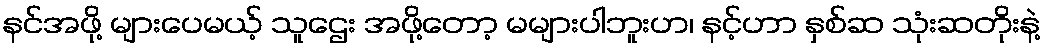
နင်အဖို့ များပေမယ့် သူဌေး အဖို့တော့ မများပါဘူးဟ၊ နင့်ဟာ နှစ်ဆ သုံးဆတိုးနဲ့